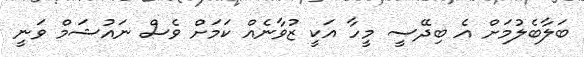
ބަލާބެލުމަށް އެ ބިދޭސީ މީހާ އަކީ ޒުވާނެއް ކަމަށް ވެސް ނައުޝަމް ވަނީ